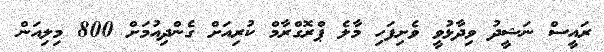
ރައީސް ނަޝީދު ވިދާޅުވީ ވެށިފަހި މާލެ ޕްރޮގްރާމް ކުރިއަށް ގެންދިއުމަށް 800 މިލިއަން